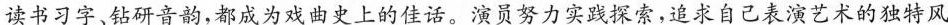
读书习字、钻研音韵，都成为戏曲史上的佳话。演员努力实践探索，追求自己表演艺术的独特风